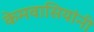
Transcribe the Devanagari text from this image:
केमवासियांनी